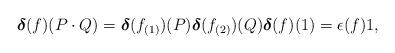
LaTeX: \begin{gather*}{\boldsymbol \delta}(f)(P\cdot Q)={\boldsymbol \delta}(f_{(1)})(P){\boldsymbol \delta}(f_{(2)})(Q){\boldsymbol \delta}(f)(1) = \epsilon(f) 1, \end{gather*}